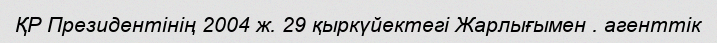
ҚР Президентінің 2004 ж. 29 қыркүйектегі Жарлығымен . агенттік